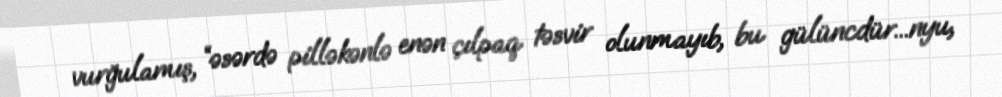
vurğulamış, “əsərdə pilləkənlə enən çılpaq təsvir olunmayıb, bu gülüncdür...nyu,